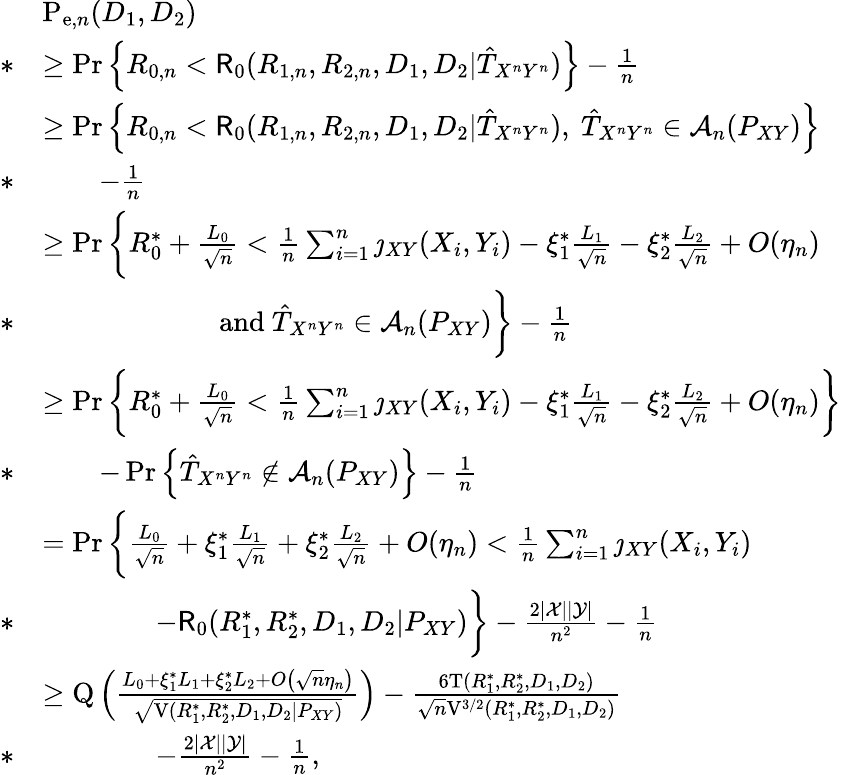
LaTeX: \begin{array}{rl}&{\mathrm{P}_{\mathrm{e},n}(D_{1},D_{2})}\\ {*}&{\geq\operatorname*{Pr}\left\{ R_{0,n}<\mathsf{R}_{0}(R_{1,n},R_{2,n},D_{1},D_{2}|\hat{T}_{X^{n}Y^{n}})\right\} -\frac{1}{n}}\\ &{\geq\operatorname*{Pr}\left\{ R_{0,n}<\mathsf{R}_{0}(R_{1,n},R_{2,n},D_{1},D_{2}|\hat{T}_{X^{n}Y^{n}}),~\hat{T}_{X^{n}Y^{n}}\in\mathcal{A}_{n}(P_{XY})\right\} }\\ {*}&{\qquad-\frac{1}{n}}\\ &{\geq\operatorname*{Pr}\bigg\{ R_{0}^{*}+\frac{L_{0}}{\sqrt{n}}<\frac{1}{n}\sum_{i=1}^{n}\jmath_{XY}(X_{i},Y_{i})-\xi_{1}^{*}\frac{L_{1}}{\sqrt{n}}-\xi_{2}^{*}\frac{L_{2}}{\sqrt{n}}+O(\eta_{n})}\\ {*}&{\qquad\qquad\qquad\mathrm{~and~}\hat{T}_{X^{n}Y^{n}}\in\mathcal{A}_{n}(P_{XY})\bigg\} -\frac{1}{n}}\\ &{\geq\operatorname*{Pr}\bigg\{ R_{0}^{*}+\frac{L_{0}}{\sqrt{n}}<\frac{1}{n}\sum_{i=1}^{n}\jmath_{XY}(X_{i},Y_{i})-\xi_{1}^{*}\frac{L_{1}}{\sqrt{n}}-\xi_{2}^{*}\frac{L_{2}}{\sqrt{n}}+O(\eta_{n})\bigg\} }\\ {*}&{\qquad-\operatorname*{Pr}\left\{ \hat{T}_{X^{n}Y^{n}}\notin\mathcal{A}_{n}(P_{XY})\right\} -\frac{1}{n}}\\ &{=\operatorname*{Pr}\bigg\{ \frac{L_{0}}{\sqrt{n}}+\xi_{1}^{*}\frac{L_{1}}{\sqrt{n}}+\xi_{2}^{*}\frac{L_{2}}{\sqrt{n}}+O(\eta_{n})<\frac{1}{n}\sum_{i=1}^{n}\jmath_{XY}(X_{i},Y_{i})}\\ {*}&{\qquad\qquad-\mathsf{R}_{0}(R_{1}^{*},R_{2}^{*},D_{1},D_{2}|P_{XY})\bigg\} -\frac{2|\mathcal{X}||\mathcal{Y}|}{n^{2}}-\frac{1}{n}}\\ &{\geq\mathrm{Q}\left(\frac{L_{0}+\xi_{1}^{*}L_{1}+\xi_{2}^{*}L_{2}+O\left(\sqrt{n}\eta_{n}\right)}{\sqrt{\mathrm{V}(R_{1}^{*},R_{2}^{*},D_{1},D_{2}|P_{XY})}}\right)-\frac{6\mathrm{T}(R_{1}^{*},R_{2}^{*},D_{1},D_{2})}{\sqrt{n}\mathrm{V}^{3/2}(R_{1}^{*},R_{2}^{*},D_{1},D_{2})}}\\ {*}&{\qquad\qquad-\frac{2|\mathcal{X}||\mathcal{Y}|}{n^{2}}-\frac{1}{n},}\end{array}